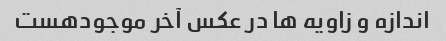
اندازه و زاویه ها در عکس آخر موجودهست